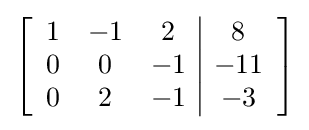
\left[{\begin{array}{ccc|c}1&-1&2&8\\0&0&-1&-11\\0&2&-1&-3\end{array}}\right]